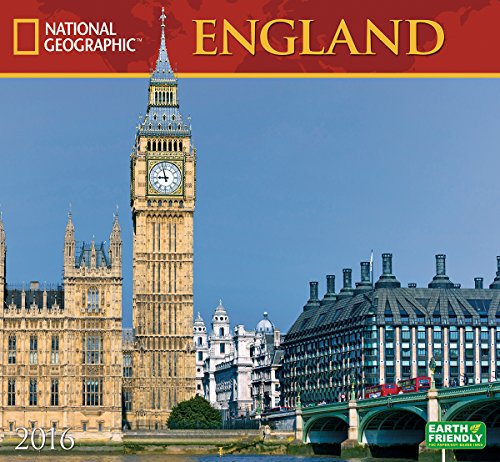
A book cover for England National Geographic 2016 Wall Calendar; National Geographic Society; Travel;